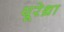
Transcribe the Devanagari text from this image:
यूरेथ्रा